Annual administration and progress report of the Indian Medical Department, Bombay
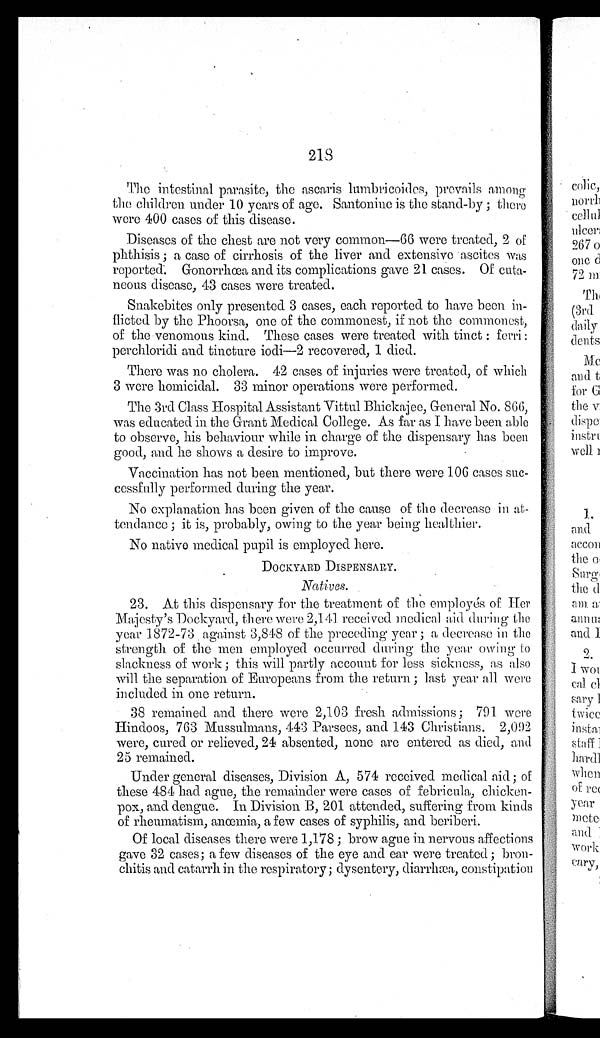
218
The intestinal parasite, the ascaris lumbricoides, prevails among
the children under 10 years of age. Santonine is the stand-by; there
were 400 cases of this disease.
Diseases of the chest are not very common—66 were treated, 2 of
phthisis; a case of cirrhosis of the liver and extensive ascites was
reported. Gonorrhœa and its complications gave 21 cases. Of cuta
- n e o u s d i s e a s e , 4 3 c a s e s w e r e t r e a t e d .
Snakebites only presented 3 cases, each reported to have been in
-flicted by the Phoorsa, one of the commonest, if not the commonest,
of the venomous kind. These cases were treated with tinct: ferri:
perchloridi and tincture iodi—2 recovered, 1 died.
There was no cholera. 42 cases of injuries were treated, of which
3 were homicidal. 33 minor operations were performed.
The 3rd Class Hospital Assistant Vittul Bhickajee, General No. 866,
was educated in the Grant Medical College. As far as I have been able
to observe, his behaviour while in charge of the dispensary has been
good, and he shows a desire to improve.
Vaccination has not been mentioned, but there were 106 cases suc
-cessfully performed during the year.
No explanation has been given of the cause of the decrease in at
- t e n d a n c e ; i t i s , p r o b a b l y , o w i n g t o t h e y e a r b e i n g h e a l t h i e r .
No native medical pupil is employed here.
DOCKYARD DISPENSARY.
Natives.
23. At this dispensary for the treatment of the employés of Her
Majesty's Dockyard, there were 2,141 received medical aid during the
year 1872-73 against 3,848 of the preceding year; a decrease in the
strength of the men employed occurred during the year owing to
slackness of work; this will partly account for less sickness, as also
will the separation of Europeans from the return; last year all were
included in one return.
38 remained and there were 2,103 fresh admissions; 791 were
Hindoos, 763 Mussulmans, 443 Parsees, and 143 Christians. 2,092
were, cured or relieved, 24 absented, none are entered as died, and
25 remained.
Under general diseases, Division A, 574 received medical aid; of
these 484 had ague, the remainder were cases of febricula, chicken
-pox, and dengue. In Division B, 201 attended, suffering from kinds
of rheumatism, anœmia, a few cases of syphilis, and beriberi.
Of local diseases there were 1,178; brow ague in nervous affections
gave 32 cases; a few diseases of the eye and ear were treated; bron
-chitis and catarrh in the respiratory; dysentery, diarrhæa, constipation